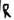
Text: R